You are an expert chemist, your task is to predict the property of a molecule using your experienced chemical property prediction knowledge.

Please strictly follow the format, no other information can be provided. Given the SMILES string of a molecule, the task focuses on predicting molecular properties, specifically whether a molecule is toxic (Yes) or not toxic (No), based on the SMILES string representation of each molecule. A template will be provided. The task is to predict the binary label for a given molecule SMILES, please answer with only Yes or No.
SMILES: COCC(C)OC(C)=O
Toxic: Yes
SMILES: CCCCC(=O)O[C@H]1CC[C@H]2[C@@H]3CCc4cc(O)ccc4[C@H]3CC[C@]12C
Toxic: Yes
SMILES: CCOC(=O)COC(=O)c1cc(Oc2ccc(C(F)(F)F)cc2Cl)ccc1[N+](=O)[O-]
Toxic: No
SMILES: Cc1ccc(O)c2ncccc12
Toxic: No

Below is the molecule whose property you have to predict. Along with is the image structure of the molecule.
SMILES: CCCCCCCCCCCCCOC(=O)CCSCCC(=O)OCCCCCCCCCCCCC
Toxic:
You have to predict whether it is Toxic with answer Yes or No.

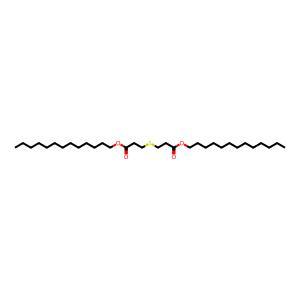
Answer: No